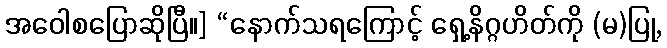
အဝေါစပြောဆိုပြီ။] “နောက်သရကြောင့် ရှေ့နိဂ္ဂဟိတ်ကို (မ)ပြု,